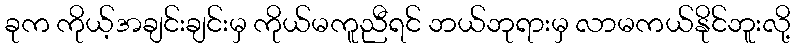
ခုက ကိုယ့်အချင်းချင်းမှ ကိုယ်မကူညီရင် ဘယ်ဘုရားမှ လာမကယ်နိုင်ဘူးလို့